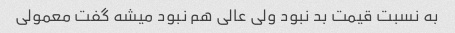
به نسبت قیمت بد نبود ولی عالی هم نبود میشه گفت معمولی